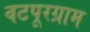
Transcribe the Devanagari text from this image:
वटपूरग्राम